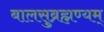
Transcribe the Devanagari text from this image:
बालसुब्रह्मण्यम्